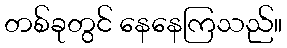
တစ်ခုတွင် နေနေကြသည်။